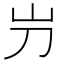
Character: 屶